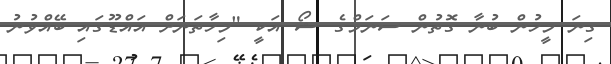
ގިނަ މީހުން ބުނާ ގޮތުން ސަނަމްގެ ޝޯ އަކީ "މިހާތަނަށް އަައްޑޫގައި ބޭއްވުނު